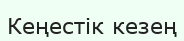
Кеңестік кезең